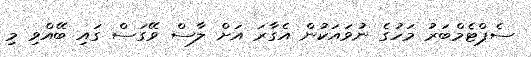
ސެޕްޓެމްބަރު މަހުގެ ނުވައަކުން އެގާރަ އަށް ލާސް ވޭގަސް ގައި ބޭއްވި މި